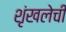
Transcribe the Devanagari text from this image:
शृंखलेची